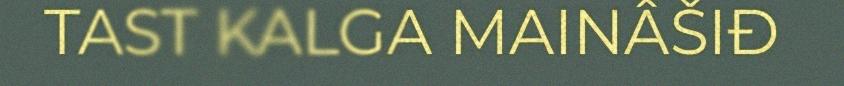
TAST KALGA MAINÂŠIĐ